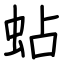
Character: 蛅